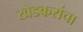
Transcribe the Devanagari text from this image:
खेडकरांचा